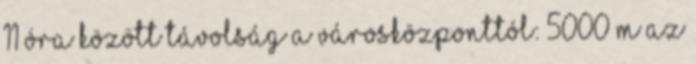
11 óra között Távolság a városközponttól: 5000 m Az